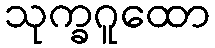
သုက္ခဂူထော